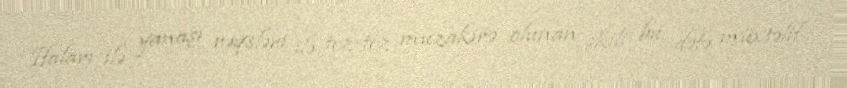
İfaları ilə yanaşı rəqsləri ilə tez-tez müzakirə olunan ikili bu dəfə müxtəlif